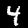
Label: 4